Scientific memoirs by medical officers of the Army of India - Part IX,
Year: 1895
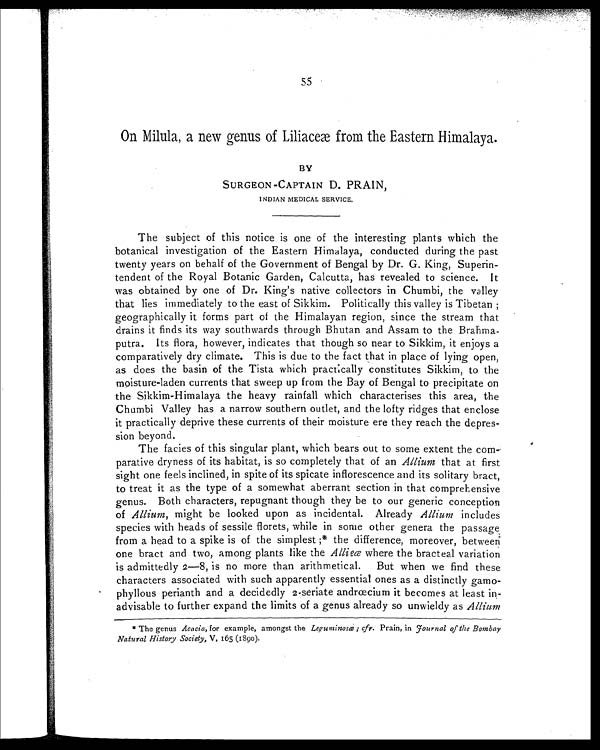
55
On Milula, a new genus of Liliaceæ from the Eastern Himalaya.
BY
SURGEON-CAPTAIN D. PRAIN,
INDIAN MEDICAL SERVICE.
The subject of this notice is one of the interesting plants which the
botanical investigation of the Eastern Himalaya, conducted during the past
twenty years on behalf of the Government of Bengal by Dr. G. King, Superin-
tendent of the Royal Botanic Garden, Calcutta, has revealed to science. It
was obtained by one of Dr. King's native collectors in Chumbi, the valley
that lies immediately to the east of Sikkim. Politically this valley is Tibetan ;
geographically it forms part of the Himalayan region, since the stream that
drains it finds its way southwards through Bhutan and Assam to the Brahma-
putra. Its flora, however, indicates that though so near to Sikkim, it enjoys a
comparatively dry climate. This is due to the fact that in place of lying open,
as does the basin of the Tista which practically constitutes Sikkim, to the
moisture-laden currents that sweep up from the Bay of Bengal to precipitate on
the Sikkim-Himalaya the heavy rainfall which characterises this area, the
Chumbi Valley has a narrow southern outlet, and the lofty ridges that enclose
it practically deprive these currents of their moisture ere they reach the depres-
sion beyond.
The facies of this singular plant, which bears out to some extent the co
m - p a r a t i v e d r y n e s s o f i t s h a b i t a t , i s s o c o m p l e t e l y t h a t o f a nA
l l i u m
t h a t a t f i r s t
sight one feels inclined, in spite of its spicate inflorescence and its solitary bract,
to treat it as the type of a somewhat aberrant section in that comprehensive
genus. Both characters, repugnant though they be to our generic conception
of Allium, might be looked upon as incidental. Already Allium includes
species with heads of sessile florets, while in some other genera the passage
from a head to a spike is of the simplest ;* the difference, moreover, between
one bract and two, among plants like the Allieæ where the bracteal variation
is admittedly 2—8, is no more than arithmetical. But when we find these
characters associated with such apparently essential ones as a distinctly gamo-
phyllous perianth and a decidedly 2-seriate andrœcium it becomes at least in-
advisable to further expand the limits of a genus already so unwieldy as Allium
* The genus Acacia, for example, amongst the Leguminosœ ; cfr. Prain, in journal of the Bombay
Natural History Society, V, 165 (1890).